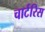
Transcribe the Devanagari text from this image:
चार्टरिस